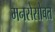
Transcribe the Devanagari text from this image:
मनसेसोबत